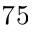
^ Ḋ 7 5 Ḍ